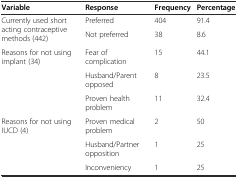
| Variable | Response | Frequency | Percentage |
 | --- | --- | --- | --- |
 | <ROWSPAN=2> Currently used short acting contraceptive methods (442) | Preferred | 404 | 91.4 |
 | Not preferred | 38 | 8.6 |
 | <ROWSPAN=3> Reasons for not using implant (34) | Fear of complication | 15 | 44.1 |
 | Husband/Parent opposed | 8 | 23.5 |
 | Proven health problem | 11 | 32.4 |
 | <ROWSPAN=3> Reasons for not using IUCD (4) | Proven medical problem | 2 | 50 |
 | Husband/Partner opposition | 1 | 25 |
 | Inconveniency | 1 | 25 |